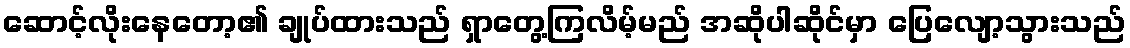
ဆောင့်လိုးနေတော့၏ ချုပ်ထားသည် ရှာတွေ့ကြလိမ့်မည် အဆိုပါဆိုင်မှာ ပြေလျော့သွားသည်